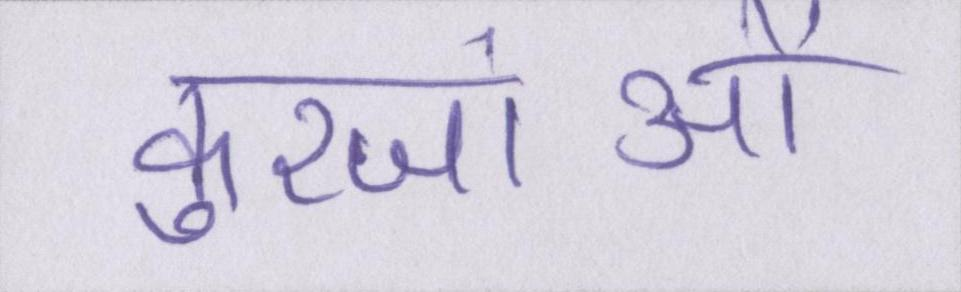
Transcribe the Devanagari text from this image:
कुरजांओं